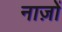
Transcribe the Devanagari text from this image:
नाज़ों